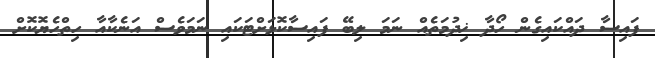
ފައިސާ ދައްކައިގެން ހޯދާ ޚިދުމަތެއް ނަމަ ލިބޭ ފައިސާކޮޅަށްޓަކައި ނަމަވެސް އަނެކާއާ ހިތްހެޔޮކޮށް